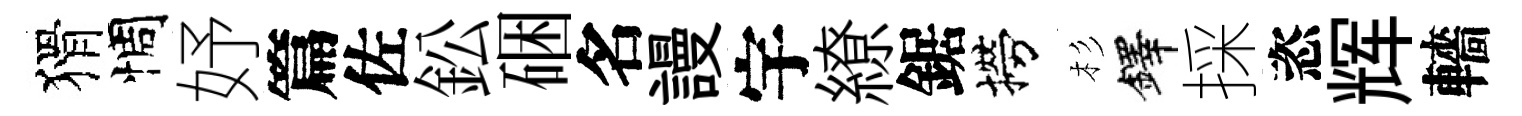
猾惆妤篇佐鈆硱名謾宇繚鋸撈杉鐸採恣辉轖